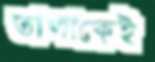
তালাকেই